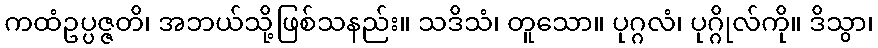
ကထံဥပ္ပဇ္ဇတိ၊ အဘယ်သို့ဖြစ်သနည်း။ သဒိသံ၊ တူသော။ ပုဂ္ဂလံ၊ ပုဂ္ဂိုလ်ကို။ ဒိသွာ၊